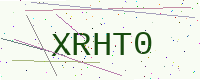
Text: XRHT0